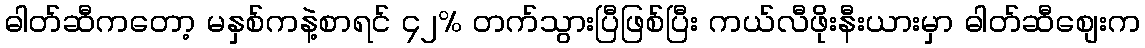
ဓါတ်ဆီကတော့ မနှစ်ကနဲ့စာရင် ၄၂% တက်သွားပြီဖြစ်ပြီး ကယ်လီဖိုးနီးယားမှာ ဓါတ်ဆီစျေးက